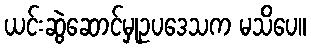
ယင်းဆွဲဆောင်မှုဥပဒေသက မသိပေ။